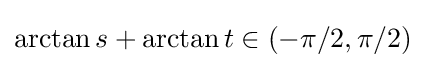
\arctan s+\arctan t\in (-\pi /2,\pi /2)